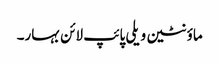
ماؤنٹین ویلی پائپ لائن بہار۔